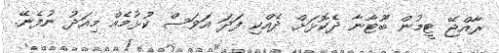
ރާއްޖޭ ޓީމުން ބޫޓާނާ ދެކޮޅަށް ދެއްކި ފަދަ އަވަސް ކުޅުމެއް މިއަދު ނުފެނޭ.